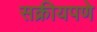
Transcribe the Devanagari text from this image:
सक्रीयपणे